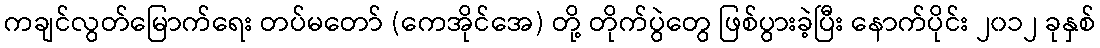
ကချင်လွတ်မြောက်ရေး တပ်မတော် (ကေအိုင်အေ) တို့ တိုက်ပွဲတွေ ဖြစ်ပွားခဲ့ပြီး နောက်ပိုင်း ၂၀၁၂ ခုနှစ်